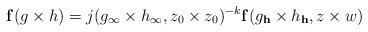
LaTeX: \begin{align*}\mathbf{f}(g\times h)=j(g_{\infty}\times h_{\infty},z_0\times z_0)^{-k}\mathbf{f}(g_{\mathbf{h}}\times h_{\mathbf{h}},z\times w)\end{align*}